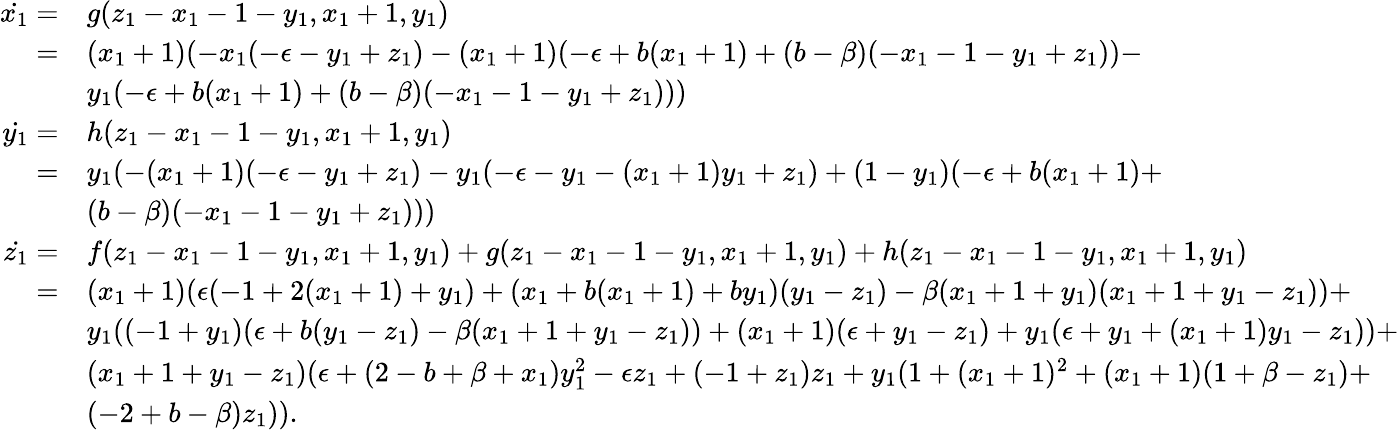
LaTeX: \begin{array}{rl}{\dot{x_{1}}=}&{g(z_{1}-x_{1}-1-y_{1},x_{1}+1,y_{1})}\\ {=}&{(x_{1}+1)(-x_{1}(-\epsilon-y_{1}+z_{1})-(x_{1}+1)(-\epsilon+b(x_{1}+1)+(b-\beta)(-x_{1}-1-y_{1}+z_{1}))-}\\ &{y_{1}(-\epsilon+b(x_{1}+1)+(b-\beta)(-x_{1}-1-y_{1}+z_{1})))}\\ {\dot{y_{1}}=}&{h(z_{1}-x_{1}-1-y_{1},x_{1}+1,y_{1})}\\ {=}&{y_{1}(-(x_{1}+1)(-\epsilon-y_{1}+z_{1})-y_{1}(-\epsilon-y_{1}-(x_{1}+1)y_{1}+z_{1})+(1-y_{1})(-\epsilon+b(x_{1}+1)+}\\ &{(b-\beta)(-x_{1}-1-y_{1}+z_{1})))}\\ {\dot{z_{1}}=}&{f(z_{1}-x_{1}-1-y_{1},x_{1}+1,y_{1})+g(z_{1}-x_{1}-1-y_{1},x_{1}+1,y_{1})+h(z_{1}-x_{1}-1-y_{1},x_{1}+1,y_{1})}\\ {=}&{(x_{1}+1)(\epsilon(-1+2(x_{1}+1)+y_{1})+(x_{1}+b(x_{1}+1)+by_{1})(y_{1}-z_{1})-\beta(x_{1}+1+y_{1})(x_{1}+1+y_{1}-z_{1}))+}\\ &{y_{1}((-1+y_{1})(\epsilon+b(y_{1}-z_{1})-\beta(x_{1}+1+y_{1}-z_{1}))+(x_{1}+1)(\epsilon+y_{1}-z_{1})+y_{1}(\epsilon+y_{1}+(x_{1}+1)y_{1}-z_{1}))+}\\ &{(x_{1}+1+y_{1}-z_{1})(\epsilon+(2-b+\beta+x_{1})y_{1}^{2}-\epsilon z_{1}+(-1+z_{1})z_{1}+y_{1}(1+(x_{1}+1)^{2}+(x_{1}+1)(1+\beta-z_{1})+}\\ &{(-2+b-\beta)z_{1})).}\end{array}